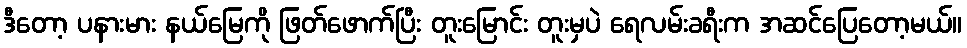
ဒီတော့ ပနားမား နယ်မြေကို ဖြတ်ဖောက်ပြီး တူးမြောင်း တူးမှပဲ ရေလမ်းခရီးက အဆင်ပြေတော့မယ်။